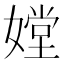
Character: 𡠠